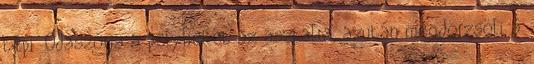
tépi. Odaszórja a pelyheket az asztalra, azután megdörzsöli a